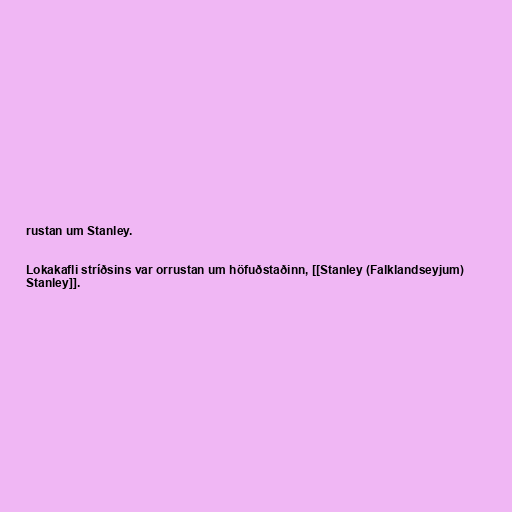
rustan um Stanley.

Lokakafli stríðsins var orrustan um höfuðstaðinn, [[Stanley (Falklandseyjum)
Stanley]].